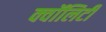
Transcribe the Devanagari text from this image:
क्वॉलिटी